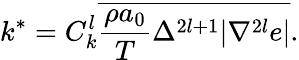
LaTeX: k^{*}={C}_{k}^{l}\overline{{\frac{\rho a_{0}}{T}\Delta^{2l+1}|\nabla^{2l}e|}}.